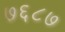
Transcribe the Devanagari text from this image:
७६८७